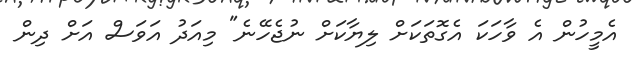
އެމީހުން އެ ވާހަކަ އެގޮތަކަށް ލިޔާކަށް ނުޖެހޭނެ" މިއަދު އަވަސް އަށް ދިން